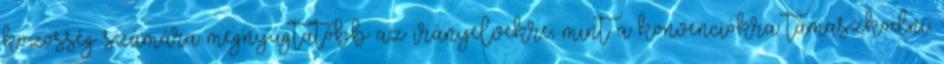
közösség számára megnyugtatóbb az irányelvekre, mint a konvenciókra támaszkodni;